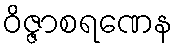
ဝိဇ္ဇာစရဏေန